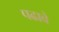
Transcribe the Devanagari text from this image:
पढावे